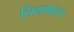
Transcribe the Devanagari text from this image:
नियमासरा